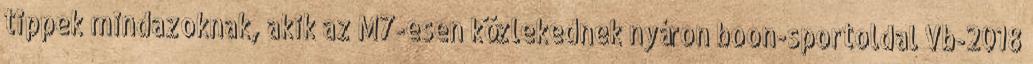
tippek mindazoknak, akik az M7-esen közlekednek nyáron boon-sportoldal Vb-2018